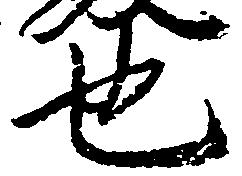
也